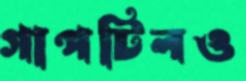
গাপটিলও